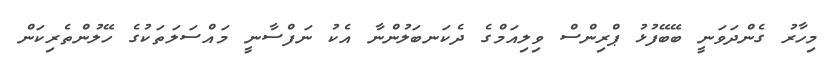
މިހާރު ގެންދަވަނީ ބޭބޭފުޅު ޕްރިންސް ވިލިއަމްގެ ދެކަނބަލުންނާ އެކު ނަފްސާނީ މައްސަލަތަކުގެ ހޭލުންތެރިކަން